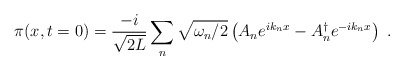
\begin{align*}\pi (x, t=0) = \frac{-i}{\sqrt{2L}} \sum_n \sqrt{ \omega_n / 2} \left( A_n e^{i k_n x} - A_n^\dagger e^{-i k_n x} \right) \; .\end{align*}